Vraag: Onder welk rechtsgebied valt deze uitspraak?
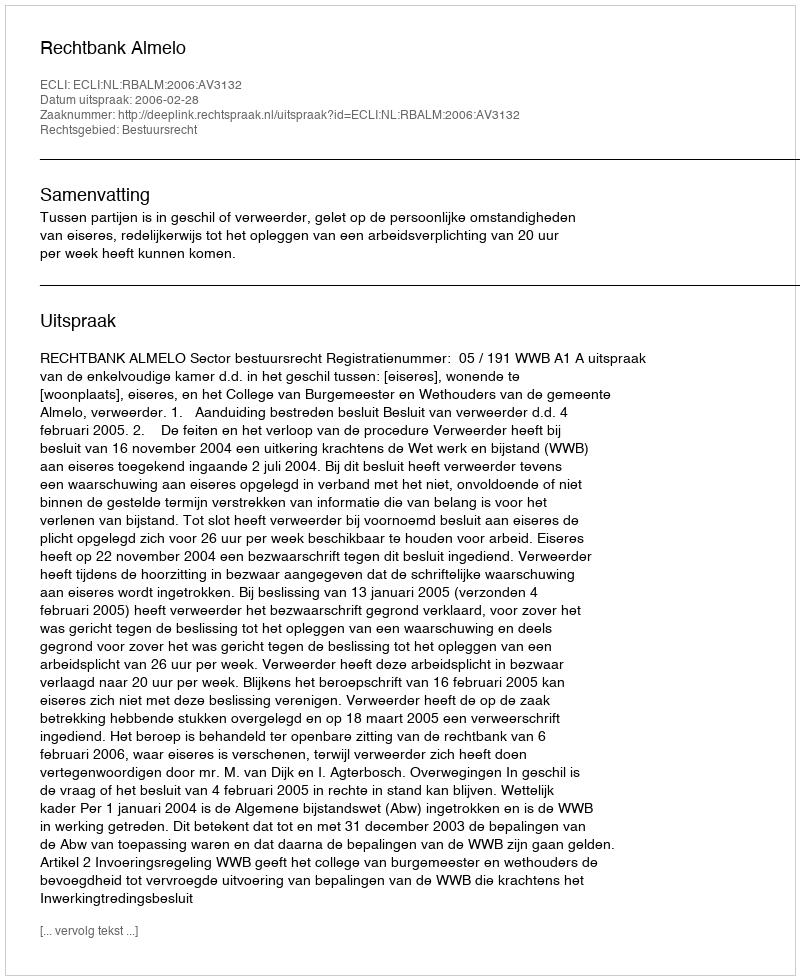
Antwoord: Bestuursrecht